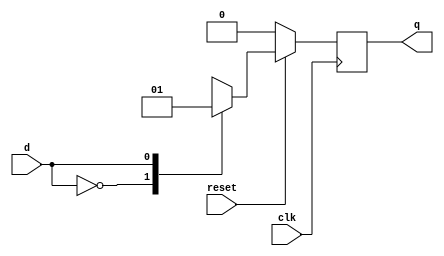
module d_ff(q,d,clk,reset);

input  d,clk, reset;
output q;
reg q;

always @(posedge clk)
begin
	if(reset == 1'b0)
	begin
		q <= 0;
	end
	else
	begin
	case(d)
	
		1'b0: q <= 0;
	
		1'b1: q <= 1;
	
	endcase
	end
end
endmodule